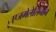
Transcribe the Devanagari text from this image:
एजमेलेलिनीन